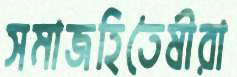
সমাজহিতৈষীরা